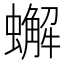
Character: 蠏